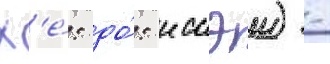
Х'е́: до́: иссэи) -